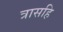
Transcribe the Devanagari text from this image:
त्रासहि